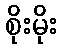
စိုးမိုး